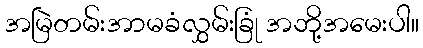
အမြဲတမ်းအာမခံလွှမ်းခြုံ အဘို့အမေးပါ။